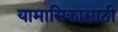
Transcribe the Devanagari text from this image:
यामासिकासाठी